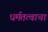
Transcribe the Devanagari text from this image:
धर्मतत्वाचा